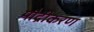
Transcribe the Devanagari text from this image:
मौद्रीकरण